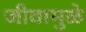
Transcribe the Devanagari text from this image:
जीवामुळे